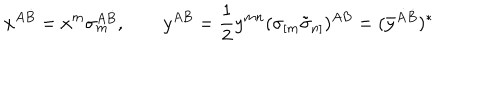
x ^ { A \dot { B } } = x ^ { m } \sigma _ { m } ^ { A \dot { B } } , \qquad { y } ^ { A B } = { \frac { 1 } { 2 } } y ^ { m n } ( \sigma _ { [ m } \tilde { \sigma } _ { n ] } ) ^ { A { B } } = ( \bar { y } ^ { \dot { A } \dot { B } } ) ^ { * }